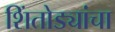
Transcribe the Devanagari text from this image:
शिंतोड्यांचा